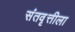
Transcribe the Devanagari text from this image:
संतवृत्तीला